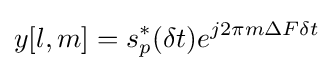
y[l,m]=s_{p}^{*}(\delta t)e^{j2\pi m\Delta F\delta t}